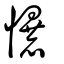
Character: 懪